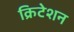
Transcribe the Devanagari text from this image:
क्रिटेशन